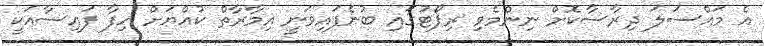
އެ މައްސަލަ ދިރާސާކޮށް ނިންމެވި ރިޕޯޓުގައި ބުނެފައިވަނީ އިމާރާތް ކުއްޔަށް ހިފާ ފައިސާއަކީ